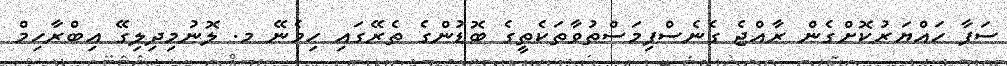
ސަފާ ހައްޔަރުކޮށްގެން ރާއްޖެ ގެނެސްފިމަސްތުވާތަކެތީގެ ބޮޑުންގެ ތެރޭގައި ހިމެނޭ މ. ލޮނުމިދިލިގޭ އިބްރާހިމް